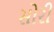
સોરી